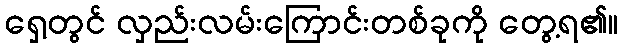
ရှေ့တွင် လှည်းလမ်းကြောင်းတစ်ခုကို တွေ့ရ၏။